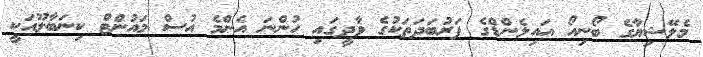
މެލޭޝިޔާގެ ބޯނިއޯ އައިލެންޑްގެ ފަރުބަދަތަކުގެ ވާދީގައި ހުންނަ އެންމެ އުސް މައުންޓް ކިނަބާލޫއަކީ